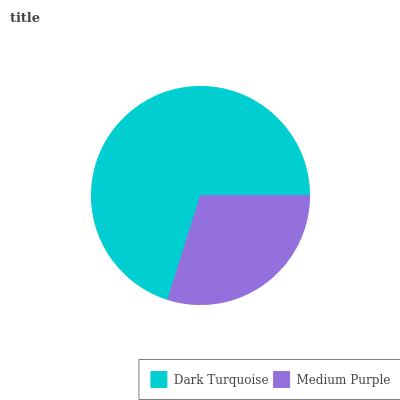
| Dark Turquoise | Medium Purple |
 | --- | --- |
 | 70.2% | 29.8% |